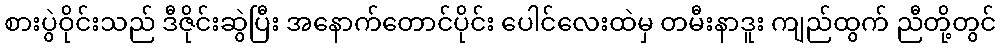
စားပွဲဝိုင်းသည် ဒီဇိုင်းဆွဲပြီး အနောက်တောင်ပိုင်း ပေါင်လေးထဲမှ တမီးနာဒူး ကျည်ထွက် ညီတို့တွင်